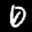
Label: 0